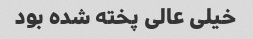
خیلی عالی پخته شده بود